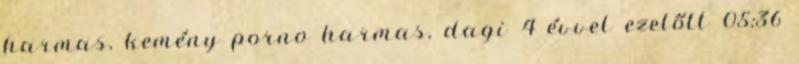
harmas, kemény porno harmas, dagi 4 évvel ezelőtt 05:36